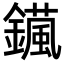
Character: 𨮇